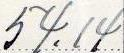
54.14